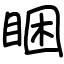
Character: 睏